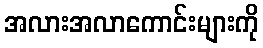
အလားအလာကောင်းများကို